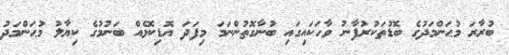
ބުރާރަ މުޙަންމަދުގެ ބޮޑުތަކުރުފާނު ވާހަކައިގައި ބުނާގޮތުންނަމަ މިފަދަ އޮޑިކޮޅެއް ބަނުމުގެ ކިޔާލު މުޙަންމަދު